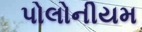
પોલોનીયમ